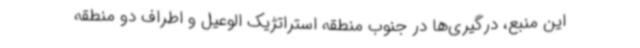
این منبع، درگیری‌ها در جنوب منطقه استراتژیک الوعیل و اطراف دو منطقه